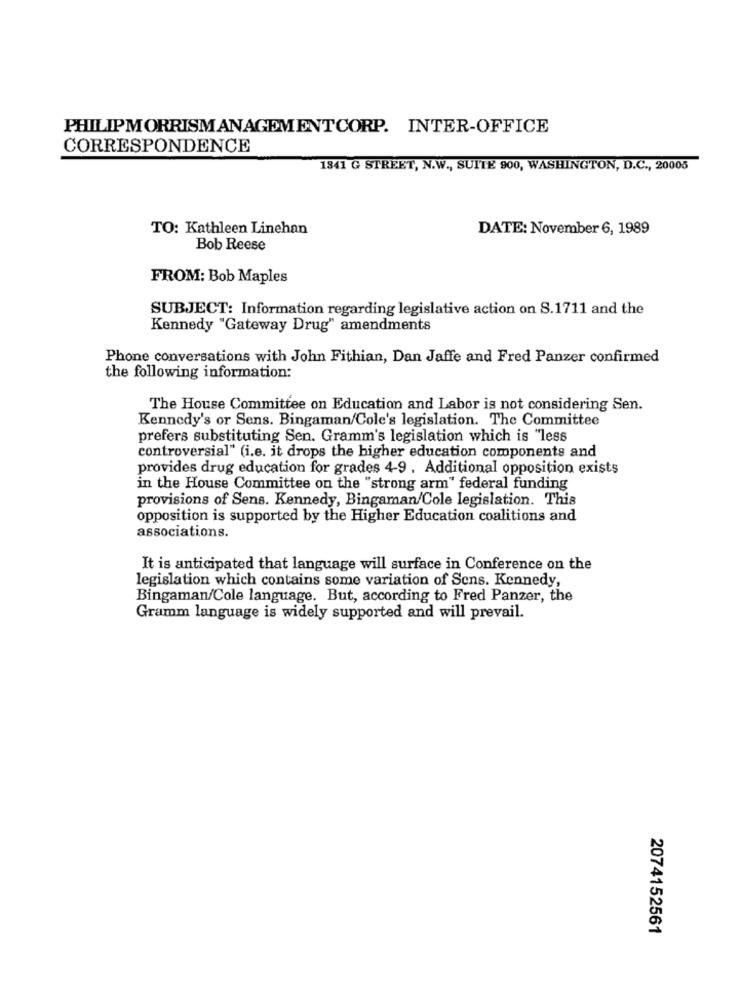
PHILIPMORRISMANAGEMENTCORP. INTER-OFFICE
CORRESPONDENCE
1341 G STREET, N.W ., SUITE 900, WASHINGTON, D.C ., 20005
TO: Kathleen Linehan
DATE: November 6, 1989
Bob Reese
FROM: Bob Maples
SUBJECT: Information regarding legislative action on S.1711 and the
Kennedy "Gateway Drug" amendments
Phone conversations with John Fithian, Dan Jaffe and Fred Panzer confirmed
the following information:
The House Committee on Education and Labor is not considering Sen.
Kennedy's or Sens. Bingaman/Cole's legislation. The Committee
prefers substituting Sen. Gramm's legislation which is "less
controversial" (i.e. it drops the higher education components and
provides drug education for grades 4-9 . Additional opposition exists
in the House Committee on the "strong arm" federal funding
provisions of Sens. Kennedy, Bingaman/Cole legislation. This
opposition is supported by the Higher Education coalitions and
associations.
It is anticipated that language will surface in Conference on the
legislation which contains some variation of Sens. Kennedy,
Bingaman/Cole language. But, according to Fred Panzer, the
Gramm language is widely supported and will prevail.
2074152561